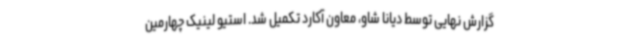
گزارش نهایی توسط دیانا شاو، معاون آکارد تکمیل شد. استیو لینیک چهارمین